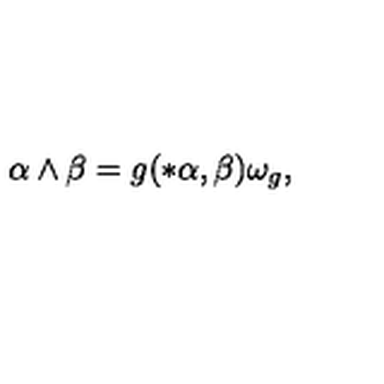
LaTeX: \alpha \wedge \beta = g ( * \alpha , \beta ) \omega _ { g } ,